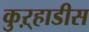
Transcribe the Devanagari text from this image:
कुऱ्हाडीस